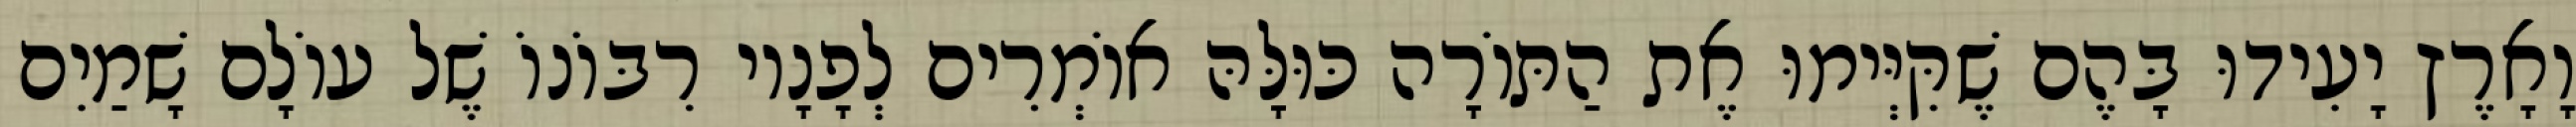
וָאָרֶץ יָעִידוּ בָּהֶם שֶׁקִּיְּימוּ אֶת הַתּוֹרָה כּוּלָּהּ אוֹמְרִים לְפָנָיו רִבּוֹנוֹ שֶׁל עוֹלָם שָׁמַיִם